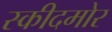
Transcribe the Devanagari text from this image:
स्कीदमोर